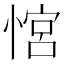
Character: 𢞏